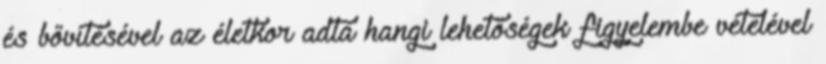
és bővítésével az életkor adta hangi lehetőségek figyelembe vételével